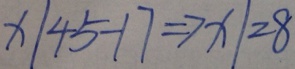
x \vert 4 5 - 1 7 \Rightarrow x \vert 2 8